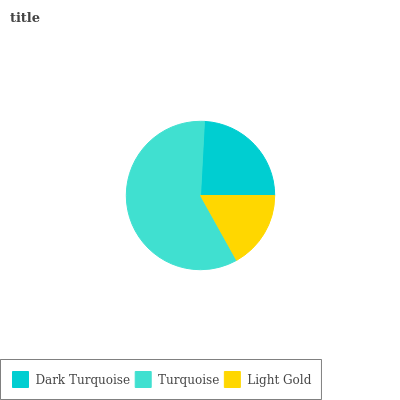
| Dark Turquoise | Turquoise | Light Gold |
 | --- | --- | --- |
 | 24.2% | 58.9% | 16.9% |